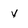
Character: 4